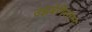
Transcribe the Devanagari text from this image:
उझबेगिस्तान